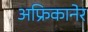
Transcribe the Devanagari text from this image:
अफ्रिकानेर